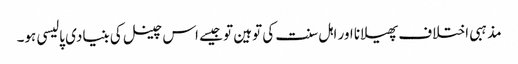
مذہبی اختلاف پھیلانا اور اہل سنت کی توہین تو جیسے اس چینل کی بنیادی پالیسی ہو۔